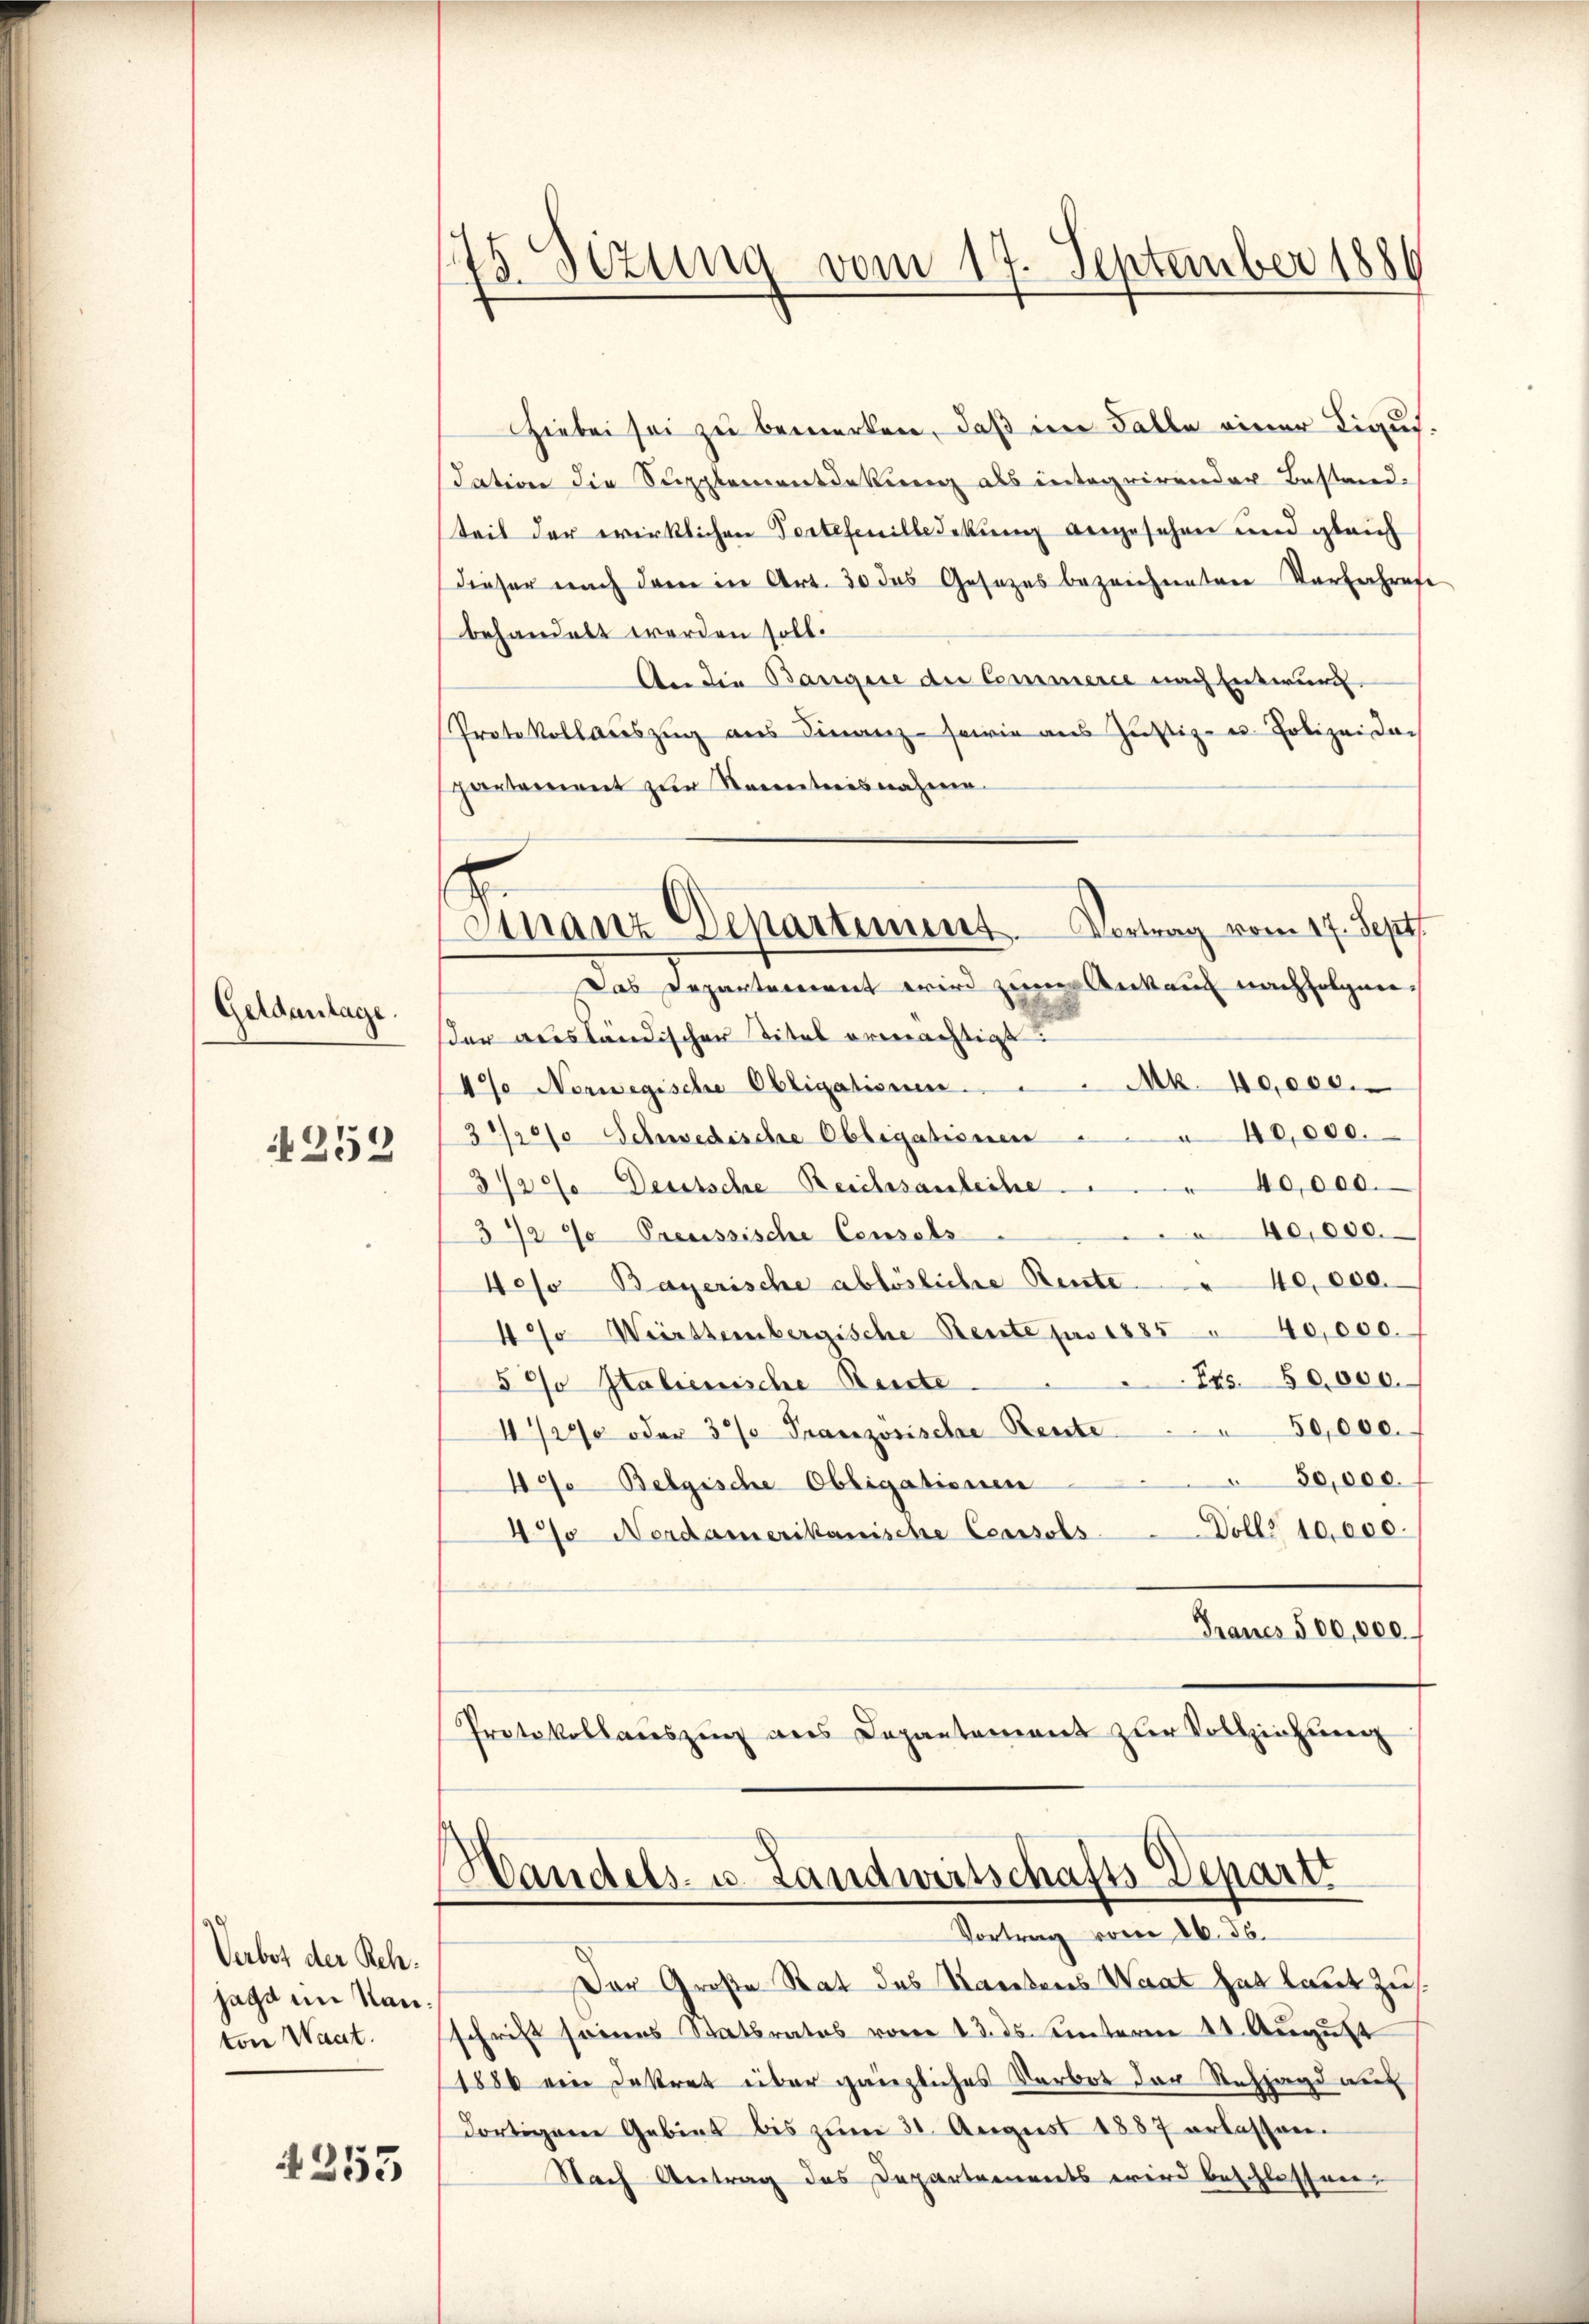
Geldanlage.
252

Verbot der Reh.
sage im Ran
ton Want.

4355

i
f
13. Seizung vom 17. September 1880

Vertrag vom 17. Sept
Finanz Departiment

Hiebei sei zu bemerken, daß im Falle einer Liqui
dation die Supplementdekung als integrirender Bestand.
teil der wirklichen Tortetenilledekung angesehen und gleich
dieser nach dem in Art. 30 das Gesetzes bezeichneten Verfahrese
behandelt werden soll.
An die Bangere die Commerce nach Entwurf
Protokollauszug aus Finanz- sowie aus Zustiz- u. Polizeida-
partement zur Kenntnisnahme
Das Departement wird zum Ankauf nachfolgen.
der ausländischen Titel ermächtigt:
Mk 40,000.
4% Norwegische Obligationen.
40,000.
3/20/0 Schwedische Obligationen
40,000.
3/20 Deutsche Reichssauleihe
e
40,000.
372% Preussische Censubs
4eso Bayerische ablösliche Rente " 40,000.
4% Württembergische Bente pro 1885 " 40,000.
Ers. 50,000.
5% Italienische Beute.
4/20 oder 3% Französische Rente . . . 50,000.
50,000.
490 Belgische Obligationen
4% Nordamerikanische Coussols Döll 10,000.
Mrancs 500,000.
Protokollauszug aus Departement zur Vollziehung

Handels- u. Landwirtschafts-Departi
Vortrag vom 26. 56.

Der Große Rat des Karebens Waat hat laut zu
schrift seines Saatsrates vom 13. ds. unterm 11. August
1886 ein Dekret über gänzliches Verbot der Stehjagd auf
dortigen Gebiet bis zum 31. August 1887 erlassen.
Nach Antrag des Departements wird beschlossen.